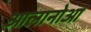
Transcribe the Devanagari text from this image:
आलानोआ